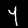
Digit: 4